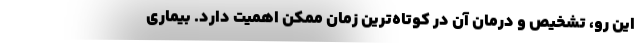
این رو، تشخیص و درمان آن در کوتاه‌ترین زمان ممکن اهمیت دارد. بیماری